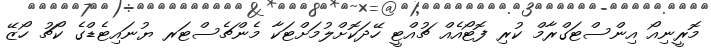
މޮރީނިއޯ އިންސްޓަގްރާމް ކުރި ފޮޓޯއެއް ޗުއްޓީ ހޭދަކޮށްލުމަށްޓަކާ މެންޗެސްޓަރ ޔުނައިޓެޑްގެ ކޯޗު ހޯޒޭ